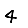
Digit: 4